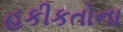
હકીકતોના